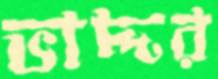
ভাদ্দর